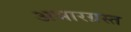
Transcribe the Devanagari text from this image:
अभारग्रस्त